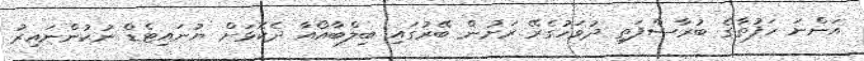
އަންނަ ހަފުތާގެ ބުރާސްފަތި ދުވަހުގެރޭ ރަށުން ބޭރުގައި ބިލްބާއޯއާ ދެކޮޅަށް ޔުނައިޓެޑް ނުކުންނައިރު